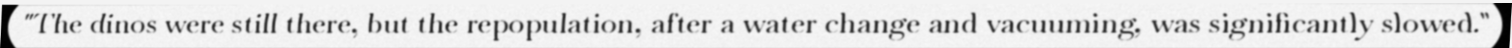
"The dinos were still there, but the repopulation, after a water change and vacuuming, was significantly slowed."